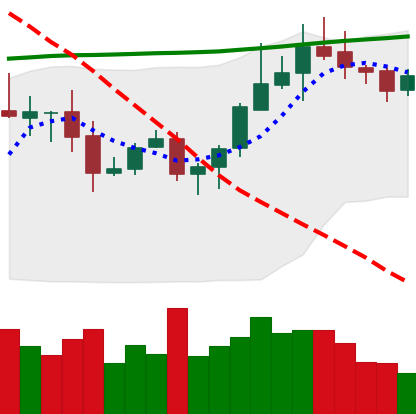
Ticker: ADA-USD
Chart end date: 2020-10-17
Forward return: 4.211%
Label: up_3_5